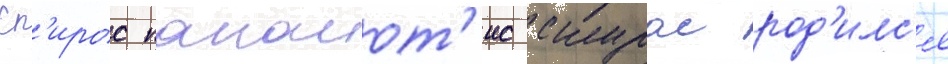
Сп'ирос панаиот'ис скурас род'илс'я